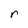
Character: r